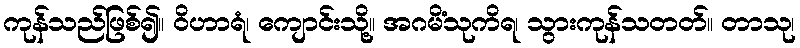
ကုန်သည်ဖြစ်၍။ ဝိဟာရံ၊ ကျောင်းသို့။ အဂမိံသုကိရ၊ သွားကုန်သတတ်။ တာသု၊